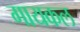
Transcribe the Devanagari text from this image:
गायकल